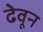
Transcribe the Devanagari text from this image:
ढेवून